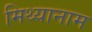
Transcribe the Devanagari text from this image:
मिथ्यानाम